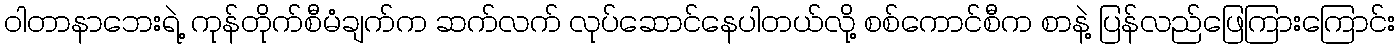
ဝါတာနာဘေးရဲ့ ကုန်တိုက်စီမံချက်က ဆက်လက် လုပ်ဆောင်နေပါတယ်လို့ စစ်ကောင်စီက စာနဲ့ ပြန်လည်ဖြေကြားကြောင်း